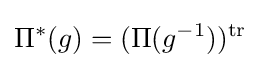
\Pi ^{*}(g)=(\Pi (g^{-1}))^{\operatorname {tr} }